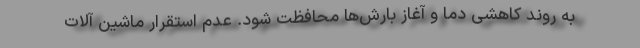
به روند کاهشی دما و آغاز بارش‌ها محافظت شود. عدم استقرار ماشین آلات